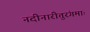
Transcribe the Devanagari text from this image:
नदीनारीतुरंगमाः